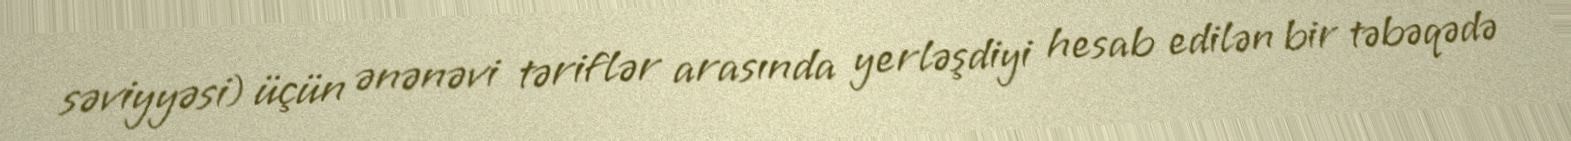
səviyyəsi) üçün ənənəvi təriflər arasında yerləşdiyi hesab edilən bir təbəqədə